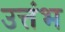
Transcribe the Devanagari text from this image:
उत्तंभ